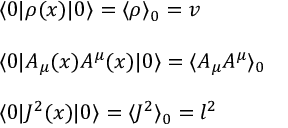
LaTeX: \begin{array} { l } { { \langle 0 \vert \rho ( x ) \vert 0 \rangle = \langle \rho \rangle _ { 0 } = v } } \\ { { { } } } \\ { { \langle 0 \vert A _ { \mu } ( x ) A ^ { \mu } ( x ) \vert 0 \rangle = \langle A _ { \mu } A ^ { \mu } \rangle _ { 0 } } } \\ { { { } } } \\ { { \langle 0 \vert J ^ { 2 } ( x ) \vert 0 \rangle = \langle J ^ { 2 } \rangle _ { 0 } = l ^ { 2 } } } \end{array}